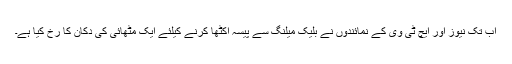
اب تک نیوز اور ایچ ٹی وی کے نمائندوں نے بلیک میلنگ سے پیسہ اکٹھا کرنے کیلئے ایک مٹھائی کی دُکان کا رخ کیا ہے۔